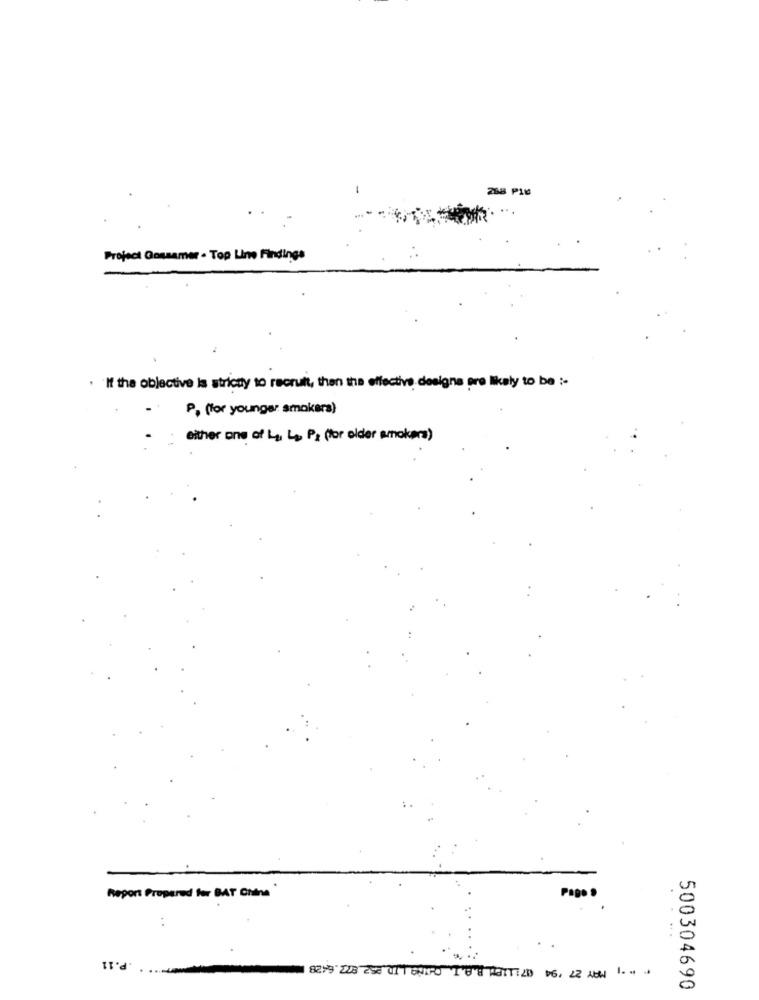
Project Gossamer - Top Line Findings
. If the objective is strictly to recruit, then the effective designs pre likely to be :-
P, (for younger smokera)
either one of Lu, Lo, P, (for older smokers)
Report Prepared for BAT China
:
.P.11
500304690